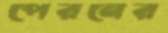
পেরনের